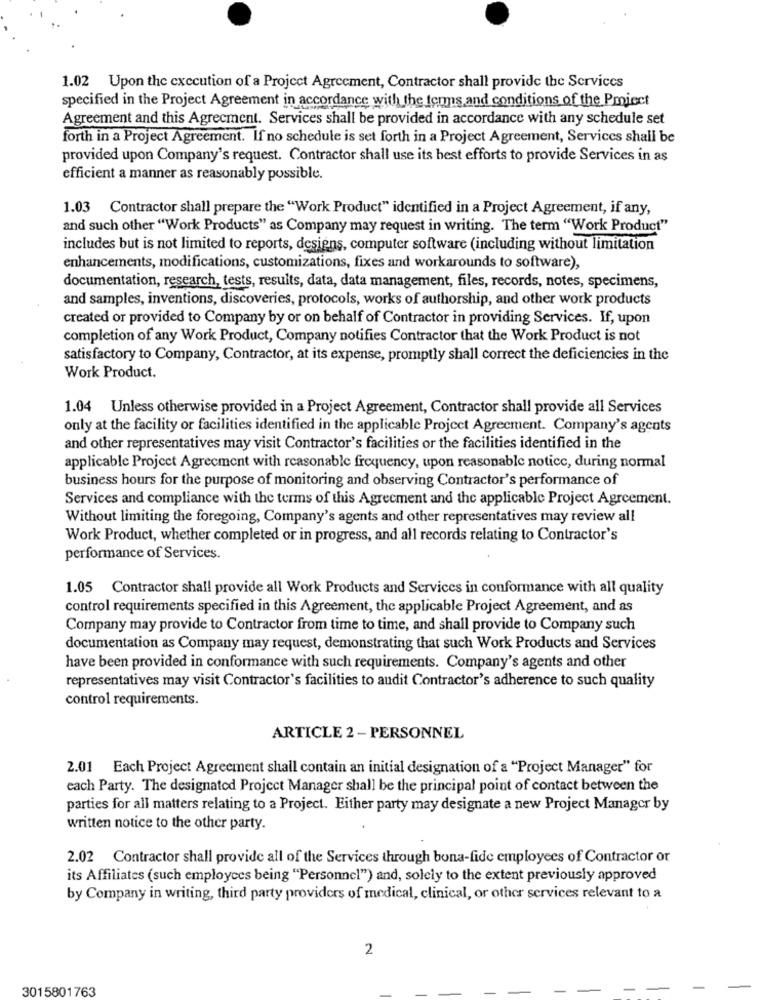
1.02 Upon the execution of a Project Agreement, Contractor shall provide the Services
specified in the Project Agreement in accordance with the terms and conditions of the Project
Agreement and this Agreement. Services shall be provided in accordance with any schedule set
forth in a Project Agreement. If no schedule is set forth in a Project Agreement, Services shall be
provided upon Company's request. Contractor shall use its best efforts to provide Services in as
efficient a manner as reasonably possible.
1.03 Contractor shall prepare the "Work Product" identified in a Project Agreement, if any,
and such other "Work Products" as Company may request in writing. The term "Work Product"
includes but is not limited to reports, designs, computer software (including without limitation
enhancements, modifications, customizations, fixes and workarounds to software),
documentation, research, tests, results, data, data management, files, records, notes, specimens,
and samples, inventions, discoveries, protocols, works of authorship, and other work products
created or provided to Company by or on behalf of Contractor in providing Services. If, upon
completion of any Work Product, Company notifies Contractor that the Work Product is not
satisfactory to Company, Contractor, at its expense, promptly shall correct the deficiencies in the
Work Product.
1.04 Unless otherwise provided in a Project Agreement, Contractor shall provide all Services
only at the facility or facilities identified in the applicable Project Agreement. Company's agents
and other representatives may visit Contractor's facilities or the facilities identified in the
applicable Project Agreement with reasonable frequency, upon reasonable notice, during normal
business hours for the purpose of monitoring and observing Contractor's performance of
Services and compliance with the terms of this Agreement and the applicable Project Agreement.
Without limiting the foregoing, Company's agents and other representatives may review all
Work Product, whether completed or in progress, and all records relating to Contractor's
performance of Services.
1.05 Contractor shall provide all Work Products and Services in conformance with all quality
control requirements specified in this Agreement, the applicable Project Agreement, and as
Company may provide to Contractor from time to time, and shall provide to Company such
documentation as Company may request, demonstrating that such Work Products and Services
have been provided in conformance with such requirements. Company's agents and other
representatives may visit Contractor's facilities to audit Contractor's adherence to such quality
control requirements.
ARTICLE 2 - PERSONNEL
2.01 Each Project Agreement shall contain an initial designation of a "Project Manager" for
each Party. The designated Project Manager shall be the principal point of contact between the
parties for all matters relating to a Project. Either party may designate a new Project Manager by
written notice to the other party.
2.02 Contractor shall provide all of the Services through bona-fide employees of Contractor or
its Affiliates (such employees being "Personnel") and, solely to the extent previously approved
by Company in writing, third party providers of medical, clinical, or other services relevant to a
2
3015801763